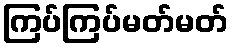
ကြပ်ကြပ်မတ်မတ်